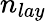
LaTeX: n_{lay}